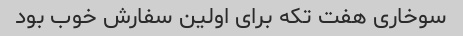
سوخاری هفت تکه برای اولین سفارش خوب بود